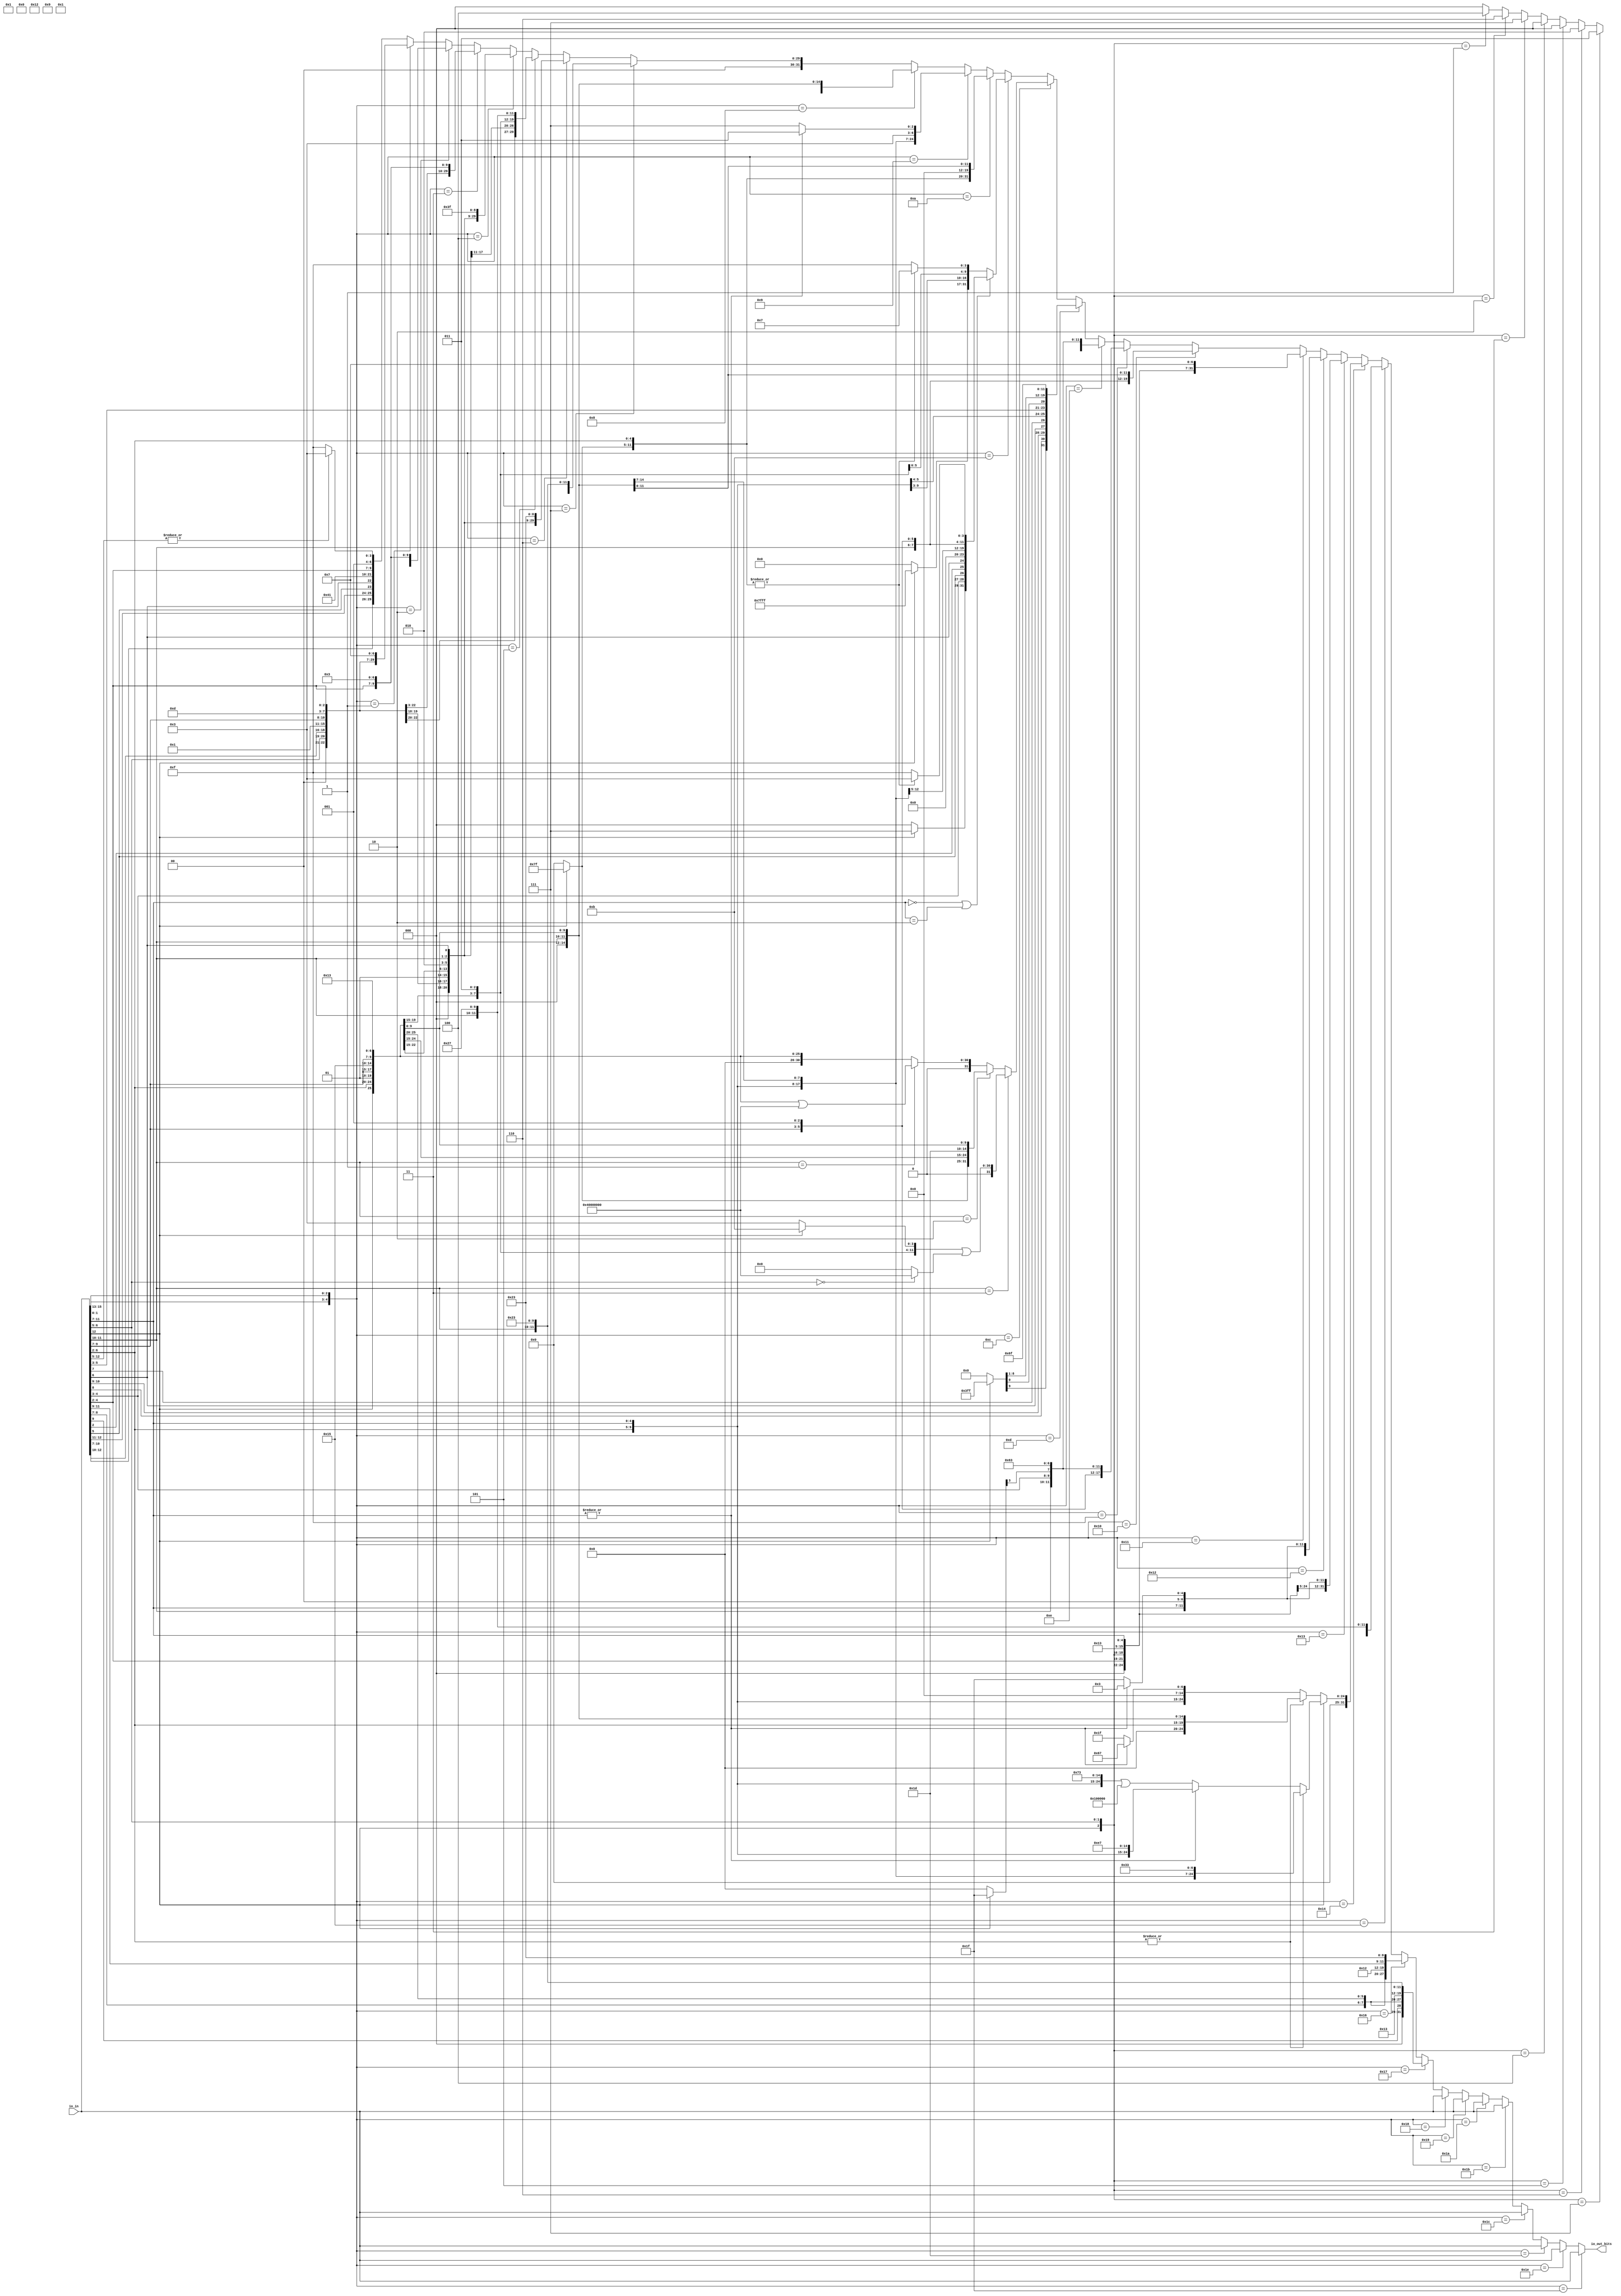
module RVCExpander(
  input  [31:0] io_in,
  output [31:0] io_out_bits
);
  wire [6:0] _T_2 = |io_in[12:5] ? 7'h13 : 7'h1f; // @[RVC.scala 53:20]
  wire [29:0] _T_10 = {io_in[10:7],io_in[12:11],io_in[5],io_in[6],2'h0,5'h2,3'h0,2'h1,io_in[4:2],_T_2}; // @[Cat.scala 30:58]
  wire [7:0] _T_18 = {io_in[6:5],io_in[12:10],3'h0}; // @[Cat.scala 30:58]
  wire [27:0] _T_23 = {io_in[6:5],io_in[12:10],3'h0,2'h1,io_in[9:7],3'h3,2'h1,io_in[4:2],7'h7}; // @[Cat.scala 30:58]
  wire [6:0] _T_34 = {io_in[5],io_in[12:10],io_in[6],2'h0}; // @[Cat.scala 30:58]
  wire [26:0] _T_39 = {io_in[5],io_in[12:10],io_in[6],2'h0,2'h1,io_in[9:7],3'h2,2'h1,io_in[4:2],7'h3}; // @[Cat.scala 30:58]
  wire [27:0] _T_54 = {io_in[6:5],io_in[12:10],3'h0,2'h1,io_in[9:7],3'h3,2'h1,io_in[4:2],7'h3}; // @[Cat.scala 30:58]
  wire [26:0] _T_76 = {_T_34[6:5],2'h1,io_in[4:2],2'h1,io_in[9:7],3'h2,_T_34[4:0],7'h3f}; // @[Cat.scala 30:58]
  wire [27:0] _T_96 = {_T_18[7:5],2'h1,io_in[4:2],2'h1,io_in[9:7],3'h3,_T_18[4:0],7'h27}; // @[Cat.scala 30:58]
  wire [26:0] _T_118 = {_T_34[6:5],2'h1,io_in[4:2],2'h1,io_in[9:7],3'h2,_T_34[4:0],7'h23}; // @[Cat.scala 30:58]
  wire [27:0] _T_138 = {_T_18[7:5],2'h1,io_in[4:2],2'h1,io_in[9:7],3'h3,_T_18[4:0],7'h23}; // @[Cat.scala 30:58]
  wire [6:0] _T_148 = io_in[12] ? 7'h7f : 7'h0; // @[Bitwise.scala 72:12]
  wire [11:0] _T_150 = {_T_148,io_in[6:2]}; // @[Cat.scala 30:58]
  wire [31:0] _T_153 = {_T_148,io_in[6:2],io_in[11:7],3'h0,io_in[11:7],7'h13}; // @[Cat.scala 30:58]
  wire  _T_160 = |io_in[11:7]; // @[RVC.scala 77:24]
  wire [6:0] _T_161 = |io_in[11:7] ? 7'h1b : 7'h1f; // @[RVC.scala 77:20]
  wire [31:0] _T_169 = {_T_148,io_in[6:2],io_in[11:7],3'h0,io_in[11:7],_T_161}; // @[Cat.scala 30:58]
  wire [31:0] _T_181 = {_T_148,io_in[6:2],5'h0,3'h0,io_in[11:7],7'h13}; // @[Cat.scala 30:58]
  wire  _T_191 = |_T_150; // @[RVC.scala 90:29]
  wire [6:0] _T_192 = |_T_150 ? 7'h37 : 7'h3f; // @[RVC.scala 90:20]
  wire [14:0] _T_195 = io_in[12] ? 15'h7fff : 15'h0; // @[Bitwise.scala 72:12]
  wire [31:0] _T_197 = {_T_195,io_in[6:2],12'h0}; // @[Cat.scala 30:58]
  wire [31:0] _T_200 = {_T_197[31:12],io_in[11:7],_T_192}; // @[Cat.scala 30:58]
  wire [6:0] _T_217 = _T_191 ? 7'h13 : 7'h1f; // @[RVC.scala 86:20]
  wire [2:0] _T_220 = io_in[12] ? 3'h7 : 3'h0; // @[Bitwise.scala 72:12]
  wire [31:0] _T_228 = {_T_220,io_in[4:3],io_in[5],io_in[2],io_in[6],4'h0,io_in[11:7],3'h0,io_in[11:7],_T_217}; // @[Cat.scala 30:58]
  wire [31:0] _T_234_bits = io_in[11:7] == 5'h0 | io_in[11:7] == 5'h2 ? _T_228 : _T_200; // @[RVC.scala 92:10]
  wire [25:0] _T_242 = {io_in[12],io_in[6:2],2'h1,io_in[9:7],3'h5,2'h1,io_in[9:7],7'h13}; // @[Cat.scala 30:58]
  wire [30:0] _GEN_0 = {{5'd0}, _T_242}; // @[RVC.scala 99:23]
  wire [30:0] _T_251 = _GEN_0 | 31'h40000000; // @[RVC.scala 99:23]
  wire [31:0] _T_261 = {_T_148,io_in[6:2],2'h1,io_in[9:7],3'h7,2'h1,io_in[9:7],7'h13}; // @[Cat.scala 30:58]
  wire [2:0] _T_264 = {io_in[12],io_in[6:5]}; // @[Cat.scala 30:58]
  wire [2:0] _T_266 = _T_264 == 3'h1 ? 3'h4 : 3'h0; // @[package.scala 32:76]
  wire [2:0] _T_268 = _T_264 == 3'h2 ? 3'h6 : _T_266; // @[package.scala 32:76]
  wire [2:0] _T_270 = _T_264 == 3'h3 ? 3'h7 : _T_268; // @[package.scala 32:76]
  wire [2:0] _T_272 = _T_264 == 3'h4 ? 3'h0 : _T_270; // @[package.scala 32:76]
  wire [2:0] _T_274 = _T_264 == 3'h5 ? 3'h0 : _T_272; // @[package.scala 32:76]
  wire [2:0] _T_276 = _T_264 == 3'h6 ? 3'h2 : _T_274; // @[package.scala 32:76]
  wire [2:0] _T_278 = _T_264 == 3'h7 ? 3'h3 : _T_276; // @[package.scala 32:76]
  wire [30:0] _T_281 = io_in[6:5] == 2'h0 ? 31'h40000000 : 31'h0; // @[RVC.scala 103:22]
  wire [6:0] _T_283 = io_in[12] ? 7'h3b : 7'h33; // @[RVC.scala 104:22]
  wire [24:0] _T_290 = {2'h1,io_in[4:2],2'h1,io_in[9:7],_T_278,2'h1,io_in[9:7],_T_283}; // @[Cat.scala 30:58]
  wire [30:0] _GEN_1 = {{6'd0}, _T_290}; // @[RVC.scala 105:43]
  wire [30:0] _T_291 = _GEN_1 | _T_281; // @[RVC.scala 105:43]
  wire [30:0] _T_294 = io_in[11:10] == 2'h1 ? _T_251 : {{5'd0}, _T_242}; // @[package.scala 32:76]
  wire [31:0] _T_296 = io_in[11:10] == 2'h2 ? _T_261 : {{1'd0}, _T_294}; // @[package.scala 32:76]
  wire [31:0] _T_298 = io_in[11:10] == 2'h3 ? {{1'd0}, _T_291} : _T_296; // @[package.scala 32:76]
  wire [9:0] _T_308 = io_in[12] ? 10'h3ff : 10'h0; // @[Bitwise.scala 72:12]
  wire [20:0] _T_316 = {_T_308,io_in[8],io_in[10:9],io_in[6],io_in[7],io_in[2],io_in[11],io_in[5:3],1'h0}; // @[Cat.scala 30:58]
  wire [31:0] _T_354 = {_T_316[20],_T_316[10:1],_T_316[11],_T_316[19:12],5'h0,7'h6f}; // @[Cat.scala 30:58]
  wire [4:0] _T_362 = io_in[12] ? 5'h1f : 5'h0; // @[Bitwise.scala 72:12]
  wire [12:0] _T_367 = {_T_362,io_in[6:5],io_in[2],io_in[11:10],io_in[4:3],1'h0}; // @[Cat.scala 30:58]
  wire [31:0] _T_398 = {_T_367[12],_T_367[10:5],5'h0,2'h1,io_in[9:7],3'h0,_T_367[4:1],_T_367[11],7'h63}; // @[Cat.scala 30:58]
  wire [31:0] _T_442 = {_T_367[12],_T_367[10:5],5'h0,2'h1,io_in[9:7],3'h1,_T_367[4:1],_T_367[11],7'h63}; // @[Cat.scala 30:58]
  wire [6:0] _T_448 = _T_160 ? 7'h3 : 7'h1f; // @[RVC.scala 113:23]
  wire [25:0] _T_454 = {io_in[12],io_in[6:2],io_in[11:7],3'h1,io_in[11:7],7'h13}; // @[Cat.scala 30:58]
  wire [28:0] _T_464 = {io_in[4:2],io_in[12],io_in[6:5],3'h0,5'h2,3'h3,io_in[11:7],7'h7}; // @[Cat.scala 30:58]
  wire [27:0] _T_473 = {io_in[3:2],io_in[12],io_in[6:4],2'h0,5'h2,3'h2,io_in[11:7],_T_448}; // @[Cat.scala 30:58]
  wire [28:0] _T_482 = {io_in[4:2],io_in[12],io_in[6:5],3'h0,5'h2,3'h3,io_in[11:7],_T_448}; // @[Cat.scala 30:58]
  wire [19:0] _T_488 = {io_in[6:2],3'h0,io_in[11:7],7'h13}; // @[Cat.scala 30:58]
  wire [24:0] _T_495 = {io_in[6:2],io_in[11:7],3'h0,io_in[11:7],7'h33}; // @[Cat.scala 30:58]
  wire [24:0] _T_502 = {io_in[6:2],io_in[11:7],3'h0,12'h67}; // @[Cat.scala 30:58]
  wire [24:0] _T_504 = {_T_502[24:7],7'h1f}; // @[Cat.scala 30:58]
  wire [24:0] _T_507 = _T_160 ? _T_502 : _T_504; // @[RVC.scala 134:33]
  wire  _T_512 = |io_in[6:2]; // @[RVC.scala 135:27]
  wire [31:0] _WIRE_21_bits = {{12'd0}, _T_488}; // @[RVC.scala 21:19 22:14]
  wire [31:0] _WIRE_23_bits = {{7'd0}, _T_507}; // @[RVC.scala 21:19 22:14]
  wire [31:0] _T_513_bits = |io_in[6:2] ? _WIRE_21_bits : _WIRE_23_bits; // @[RVC.scala 135:22]
  wire [24:0] _T_516 = {io_in[6:2],io_in[11:7],3'h0,12'he7}; // @[Cat.scala 30:58]
  wire [24:0] _T_518 = {_T_502[24:7],7'h73}; // @[Cat.scala 30:58]
  wire [24:0] _T_519 = _T_518 | 25'h100000; // @[RVC.scala 137:46]
  wire [24:0] _T_522 = _T_160 ? _T_516 : _T_519; // @[RVC.scala 138:33]
  wire [31:0] _WIRE_22_bits = {{7'd0}, _T_495}; // @[RVC.scala 21:19 22:14]
  wire [31:0] _WIRE_24_bits = {{7'd0}, _T_522}; // @[RVC.scala 21:19 22:14]
  wire [31:0] _T_528_bits = _T_512 ? _WIRE_22_bits : _WIRE_24_bits; // @[RVC.scala 139:25]
  wire [31:0] _T_530_bits = io_in[12] ? _T_528_bits : _T_513_bits; // @[RVC.scala 140:10]
  wire [8:0] _T_533 = {io_in[9:7],io_in[12:10],3'h0}; // @[Cat.scala 30:58]
  wire [28:0] _T_540 = {_T_533[8:5],io_in[6:2],5'h2,3'h3,_T_533[4:0],7'h27}; // @[Cat.scala 30:58]
  wire [7:0] _T_546 = {io_in[8:7],io_in[12:9],2'h0}; // @[Cat.scala 30:58]
  wire [27:0] _T_553 = {_T_546[7:5],io_in[6:2],5'h2,3'h2,_T_546[4:0],7'h23}; // @[Cat.scala 30:58]
  wire [28:0] _T_566 = {_T_533[8:5],io_in[6:2],5'h2,3'h3,_T_533[4:0],7'h23}; // @[Cat.scala 30:58]
  wire [4:0] _T_604 = {io_in[1:0],io_in[15:13]}; // @[Cat.scala 30:58]
  wire [31:0] _WIRE_1_bits = {{4'd0}, _T_23}; // @[RVC.scala 21:19 22:14]
  wire [31:0] _WIRE_bits = {{2'd0}, _T_10}; // @[RVC.scala 21:19 22:14]
  wire [31:0] _T_606_bits = _T_604 == 5'h1 ? _WIRE_1_bits : _WIRE_bits; // @[package.scala 32:76]
  wire [31:0] _WIRE_2_bits = {{5'd0}, _T_39}; // @[RVC.scala 21:19 22:14]
  wire [31:0] _T_608_bits = _T_604 == 5'h2 ? _WIRE_2_bits : _T_606_bits; // @[package.scala 32:76]
  wire [31:0] _WIRE_3_bits = {{4'd0}, _T_54}; // @[RVC.scala 21:19 22:14]
  wire [31:0] _T_610_bits = _T_604 == 5'h3 ? _WIRE_3_bits : _T_608_bits; // @[package.scala 32:76]
  wire [31:0] _WIRE_4_bits = {{5'd0}, _T_76}; // @[RVC.scala 21:19 22:14]
  wire [31:0] _T_612_bits = _T_604 == 5'h4 ? _WIRE_4_bits : _T_610_bits; // @[package.scala 32:76]
  wire [31:0] _WIRE_5_bits = {{4'd0}, _T_96}; // @[RVC.scala 21:19 22:14]
  wire [31:0] _T_614_bits = _T_604 == 5'h5 ? _WIRE_5_bits : _T_612_bits; // @[package.scala 32:76]
  wire [31:0] _WIRE_6_bits = {{5'd0}, _T_118}; // @[RVC.scala 21:19 22:14]
  wire [31:0] _T_616_bits = _T_604 == 5'h6 ? _WIRE_6_bits : _T_614_bits; // @[package.scala 32:76]
  wire [31:0] _WIRE_7_bits = {{4'd0}, _T_138}; // @[RVC.scala 21:19 22:14]
  wire [31:0] _T_618_bits = _T_604 == 5'h7 ? _WIRE_7_bits : _T_616_bits; // @[package.scala 32:76]
  wire [31:0] _T_620_bits = _T_604 == 5'h8 ? _T_153 : _T_618_bits; // @[package.scala 32:76]
  wire [31:0] _T_622_bits = _T_604 == 5'h9 ? _T_169 : _T_620_bits; // @[package.scala 32:76]
  wire [31:0] _T_624_bits = _T_604 == 5'ha ? _T_181 : _T_622_bits; // @[package.scala 32:76]
  wire [31:0] _T_626_bits = _T_604 == 5'hb ? _T_234_bits : _T_624_bits; // @[package.scala 32:76]
  wire [31:0] _T_628_bits = _T_604 == 5'hc ? _T_298 : _T_626_bits; // @[package.scala 32:76]
  wire [31:0] _T_630_bits = _T_604 == 5'hd ? _T_354 : _T_628_bits; // @[package.scala 32:76]
  wire [31:0] _T_632_bits = _T_604 == 5'he ? _T_398 : _T_630_bits; // @[package.scala 32:76]
  wire [31:0] _T_634_bits = _T_604 == 5'hf ? _T_442 : _T_632_bits; // @[package.scala 32:76]
  wire [31:0] _WIRE_17_bits = {{6'd0}, _T_454}; // @[RVC.scala 21:19 22:14]
  wire [31:0] _T_636_bits = _T_604 == 5'h10 ? _WIRE_17_bits : _T_634_bits; // @[package.scala 32:76]
  wire [31:0] _WIRE_18_bits = {{3'd0}, _T_464}; // @[RVC.scala 21:19 22:14]
  wire [31:0] _T_638_bits = _T_604 == 5'h11 ? _WIRE_18_bits : _T_636_bits; // @[package.scala 32:76]
  wire [31:0] _WIRE_19_bits = {{4'd0}, _T_473}; // @[RVC.scala 21:19 22:14]
  wire [31:0] _T_640_bits = _T_604 == 5'h12 ? _WIRE_19_bits : _T_638_bits; // @[package.scala 32:76]
  wire [31:0] _WIRE_20_bits = {{3'd0}, _T_482}; // @[RVC.scala 21:19 22:14]
  wire [31:0] _T_642_bits = _T_604 == 5'h13 ? _WIRE_20_bits : _T_640_bits; // @[package.scala 32:76]
  wire [31:0] _T_644_bits = _T_604 == 5'h14 ? _T_530_bits : _T_642_bits; // @[package.scala 32:76]
  wire [31:0] _WIRE_25_bits = {{3'd0}, _T_540}; // @[RVC.scala 21:19 22:14]
  wire [31:0] _T_646_bits = _T_604 == 5'h15 ? _WIRE_25_bits : _T_644_bits; // @[package.scala 32:76]
  wire [31:0] _WIRE_26_bits = {{4'd0}, _T_553}; // @[RVC.scala 21:19 22:14]
  wire [31:0] _T_648_bits = _T_604 == 5'h16 ? _WIRE_26_bits : _T_646_bits; // @[package.scala 32:76]
  wire [31:0] _WIRE_27_bits = {{3'd0}, _T_566}; // @[RVC.scala 21:19 22:14]
  wire [31:0] _T_650_bits = _T_604 == 5'h17 ? _WIRE_27_bits : _T_648_bits; // @[package.scala 32:76]
  wire [31:0] _T_652_bits = _T_604 == 5'h18 ? io_in : _T_650_bits; // @[package.scala 32:76]
  wire [31:0] _T_654_bits = _T_604 == 5'h19 ? io_in : _T_652_bits; // @[package.scala 32:76]
  wire [31:0] _T_656_bits = _T_604 == 5'h1a ? io_in : _T_654_bits; // @[package.scala 32:76]
  wire [31:0] _T_658_bits = _T_604 == 5'h1b ? io_in : _T_656_bits; // @[package.scala 32:76]
  wire [31:0] _T_660_bits = _T_604 == 5'h1c ? io_in : _T_658_bits; // @[package.scala 32:76]
  wire [31:0] _T_662_bits = _T_604 == 5'h1d ? io_in : _T_660_bits; // @[package.scala 32:76]
  wire [31:0] _T_664_bits = _T_604 == 5'h1e ? io_in : _T_662_bits; // @[package.scala 32:76]
  assign io_out_bits = _T_604 == 5'h1f ? io_in : _T_664_bits; // @[package.scala 32:76]
endmodule

// module dff(
//   input clk,
//   input in,
//   input en,
//   output reg out
// );

//   always @(posedge clk)
//     if(!en)
//       out <= 0;
//     else
//       out <= in;

// endmodule

// module gt(
//   input a,
//   input b,
//   output out
// );
//   assign out = a > b ;

// endmodule

// module top(
//   input clock,
//   input reset,
//   input pos,
//   input clk,
//   input a,
//   input b,
//   input c,
//   output out
// );
// 	  reg temp;
//     reg temp1;
	  
//     // if (reset)
//     //   temp <= a;
//     // else if (clock)
//     //   temp <= b;
//     // else if (clk)
//     //   temp <= a;
//     // else
//     //   temp <= c;
//     // assign temp = a;
//     // assign temp = b;

	  
// 	  // always @(posedge clock) begin
// 	  //   if (reset)
// 		// 	 temp <= a;
// 		//  else
// 		//    temp <= b;
//     //   temp <= a;
//     //   temp1 <= b;
//  	  // end

//     // assign out = temp;
// endmodule

// module top(
//   input [1:0] a,
//   input [1:0] b,
//   input pos,
//   input pos_one,
//   input reset,
//   input clk,
//   output [1:0] out
//   //output out
// );
//   reg [1:0] temp [0:1];
//   if (a != b)
//     out = a;
//   //reg [1:0] temp;
//   // temp[pos_one] <= a;
//   // assign out = reset ? a : b;
//   //assign out = temp[pos] & a;
//   // assign out = a | b;
//   //assign out = pos ? a : b;
//   // assign out = temp[pos];
//   // assign temp[pos_one] = a;
//   //_1_ = a;
//   //\temp[0]  = pos_one ? \temp[0] : _1_;
//   //\temp[1]  = pos_one ? _1_ : \temp[1];
//   //assign out = pos ? \temp[1] : \temp[0];
//   // always @(posedge clk) begin
//   //   if (reset != pos)
//   //     temp[pos_one] <= a;
//   // end

// endmodule

// module top(
//   input          clock,
//   input          reset,
//   output         io_enq_ready,
//   input          io_enq_valid,
//   input   io_enq_bits_data,
//   input          io_deq_ready,
//   output         io_deq_valid,
//   output  io_deq_bits_data
// );
//   reg  ram_data [0:1]; // @[Decoupled.scala 224:95]
//   wire  ram_data_io_deq_bits_MPORT_addr; // @[Decoupled.scala 224:95]
//   wire  ram_data_io_deq_bits_MPORT_data; // @[Decoupled.scala 224:95]
//   wire  ram_data_MPORT_data; // @[Decoupled.scala 224:95]
//   wire  ram_data_MPORT_addr; // @[Decoupled.scala 224:95]
//   wire  ram_data_MPORT_mask; // @[Decoupled.scala 224:95]
//   wire  ram_data_MPORT_en; // @[Decoupled.scala 224:95]
//   reg  value; // @[Counter.scala 60:40]
//   reg  value_1; // @[Counter.scala 60:40]
//   reg  maybe_full; // @[Decoupled.scala 227:27]
//   wire  ptr_match = value == value_1; // @[Decoupled.scala 228:33]
//   wire  full = ptr_match & maybe_full; // @[Decoupled.scala 230:24]
//   wire  do_enq = io_enq_ready & io_enq_valid; // @[Decoupled.scala 40:37]
//   wire  do_deq = io_deq_ready & io_deq_valid; // @[Decoupled.scala 40:37]
//   assign ram_data_io_deq_bits_MPORT_addr = value_1;
//   assign ram_data_io_deq_bits_MPORT_data = ram_data[ram_data_io_deq_bits_MPORT_addr]; // @[Decoupled.scala 224:95]
//   assign ram_data_MPORT_data = io_enq_bits_data;
//   assign ram_data_MPORT_addr = value;
//   assign ram_data_MPORT_mask = 1'h1;
//   assign ram_data_MPORT_en = io_enq_ready & io_enq_valid;
//   assign io_enq_ready = ~full; // @[Decoupled.scala 254:19]
//   assign io_deq_bits_data = ram_data_io_deq_bits_MPORT_data; // @[Decoupled.scala 262:17]
//   always @(posedge clock) begin
//     if (ram_data_MPORT_en & ram_data_MPORT_mask) begin
//       ram_data[ram_data_MPORT_addr] <= ram_data_MPORT_data; // @[Decoupled.scala 224:95]
//     end
//     if (reset) begin // @[Counter.scala 60:40]
//       value <= 1'h0; // @[Counter.scala 60:40]
//     end else if (do_enq) begin // @[Decoupled.scala 237:17]
//       value <= value + 1'h1; // @[Counter.scala 76:15]
//     end
//     if (reset) begin // @[Counter.scala 60:40]
//       value_1 <= 1'h0; // @[Counter.scala 60:40]
//     end else if (do_deq) begin // @[Decoupled.scala 241:17]
//       value_1 <= value_1 + 1'h1; // @[Counter.scala 76:15]
//     end
//     if (reset) begin // @[Decoupled.scala 227:27]
//       maybe_full <= 1'h0; // @[Decoupled.scala 227:27]
//     end else if (do_enq != do_deq) begin // @[Decoupled.scala 244:28]
//       maybe_full <= do_enq; // @[Decoupled.scala 245:16]
//     end 
//   end

// endmodule